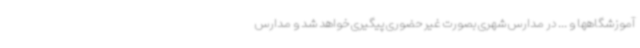
آموزشگاهها و ... در مدارس شهری بصورت غیر حضوری پیگیری خواهد شد و مدارس